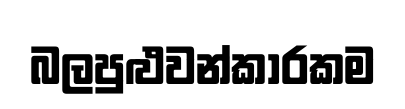
බලපුළුවන්කාරකම